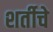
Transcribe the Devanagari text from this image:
शर्तीचे